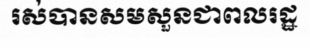
រស់បានសមសួនជាពលរដ្ឋ